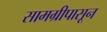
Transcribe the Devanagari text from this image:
सामग्रीपासून